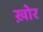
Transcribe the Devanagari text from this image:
ख़ोर